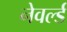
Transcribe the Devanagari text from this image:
नेवर्ल्ड